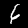
Digit: 6